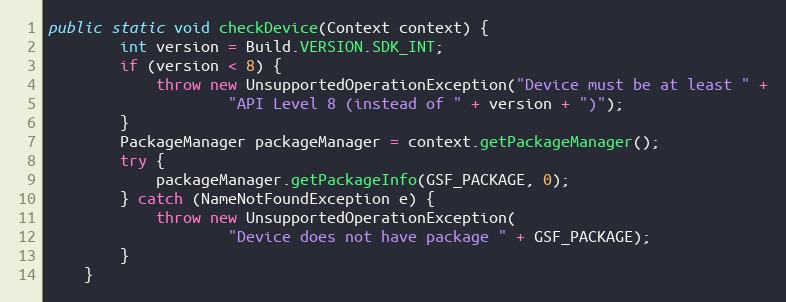
Language: Java
public static void checkDevice(Context context) {
        int version = Build.VERSION.SDK_INT;
        if (version < 8) {
            throw new UnsupportedOperationException("Device must be at least " +
                    "API Level 8 (instead of " + version + ")");
        }
        PackageManager packageManager = context.getPackageManager();
        try {
            packageManager.getPackageInfo(GSF_PACKAGE, 0);
        } catch (NameNotFoundException e) {
            throw new UnsupportedOperationException(
                    "Device does not have package " + GSF_PACKAGE);
        }
    }